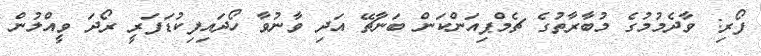
ފޯރި: ވާދެމުމުގެ މުބާރާތުގެ ޗެމްޕިއަންކަން ބަނާޗޭ އަދި ވާނުވާ ހޯދައިފިކުޑަފަރީ ރޯދަ ވީއްލުން